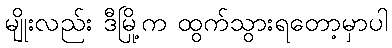
မျိုးလည်း ဒီမြို့က ထွက်သွားရတော့မှာပါ